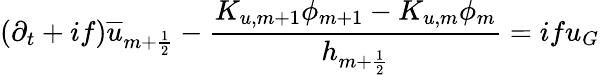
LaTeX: (\partial_{t}+if)\overline{{u}}_{m+\frac{1}{2}}-\frac{K_{u,m+1}\phi_{m+1}-K_{u,m}\phi_{m}}{h_{m+\frac{1}{2}}}=ifu_{G}